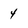
Character: 4